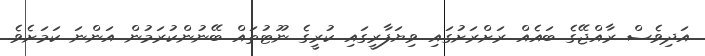
އަދިވެސް ރާއްޖޭގެ ބައެއް ރަށްރަށުގައި ވިޔަފާރީގައި ކުރީގެ ނޫޓުތައް ބޭނުންކުރަމުން އަންނަ ކަމަށެވެ.